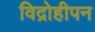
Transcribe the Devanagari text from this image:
विद्रोहीपन